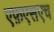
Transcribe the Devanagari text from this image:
एफ़एसएच